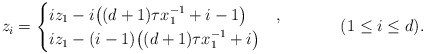
\begin{align*} z_i &= \begin{cases} i z_1 - i \big( (d+1)\tau x_1^{-1} + i - 1 \big) & , \\ i z_1 - (i-1) \big( (d+1)\tau x_1^{-1} + i \big) & \end{cases} && (1 \leq i \leq d). \end{align*}